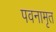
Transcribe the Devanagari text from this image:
पवनामृत